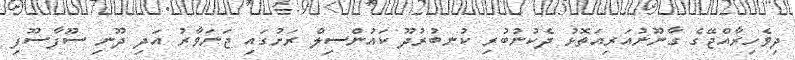
ދިވެހިރާއްޖޭގެ ގާނޫނުއަރިއަތޮޅު ދެކުނުބުރި ކުނބުރުދޫ ކައުންސިލް ރަށުގައި ޖަނަވާރު އަދި ދޫނި ސޫފާސޫފި